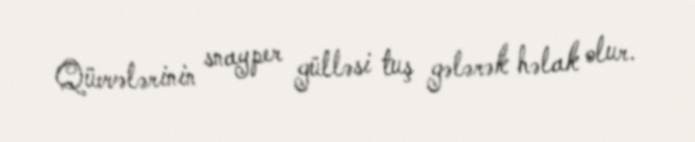
Qüvvələrinin snayper gülləsi tuş gələrək həlak olur.